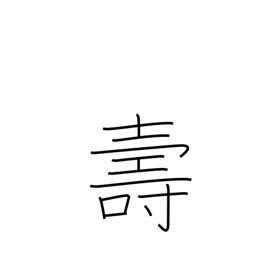
Meaning: longevity